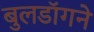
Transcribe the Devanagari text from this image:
बुलडॉगने